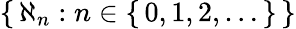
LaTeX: \left\{ \, \aleph_{n}:n\in\left\{ \, 0,1,2,\dots\, \right\} \, \right\}